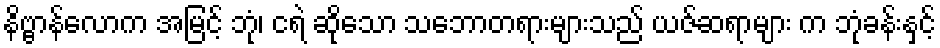
နိဗ္ဗာန်လောက အမြင့် ဘုံ၊ ငရဲ ဆိုသော သဘောတရားများသည် ယဇ်ဆရာများ က ဘုံခန်းနှင့်